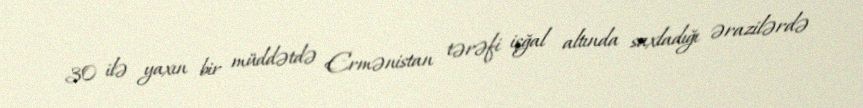
30 ilə yaxın bir müddətdə Ermənistan tərəfi işğal altında saxladığı ərazilərdə